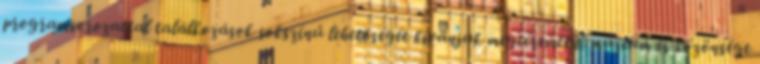
programsorozattal találkozások sokszínű lehetőségét kívánjuk megteremteni múzeum és közönsége